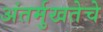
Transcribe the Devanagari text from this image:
अंतर्मुखतेचे